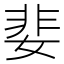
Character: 婓